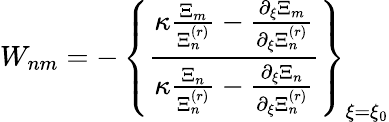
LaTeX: W_{nm}=-\, \left\{ \frac{\kappa\frac{\Xi_{m}}{\Xi_{n}^{(r)}}-\frac{\partial_{\xi}\Xi_{m}}{\partial_{\xi}\Xi_{n}^{(r)}}}{\kappa\frac{\Xi_{n}}{\Xi_{n}^{(r)}}-\frac{\partial_{\xi}\Xi_{n}}{\partial_{\xi}\Xi_{n}^{(r)}}}\right\} _{\xi=\xi_{0}}